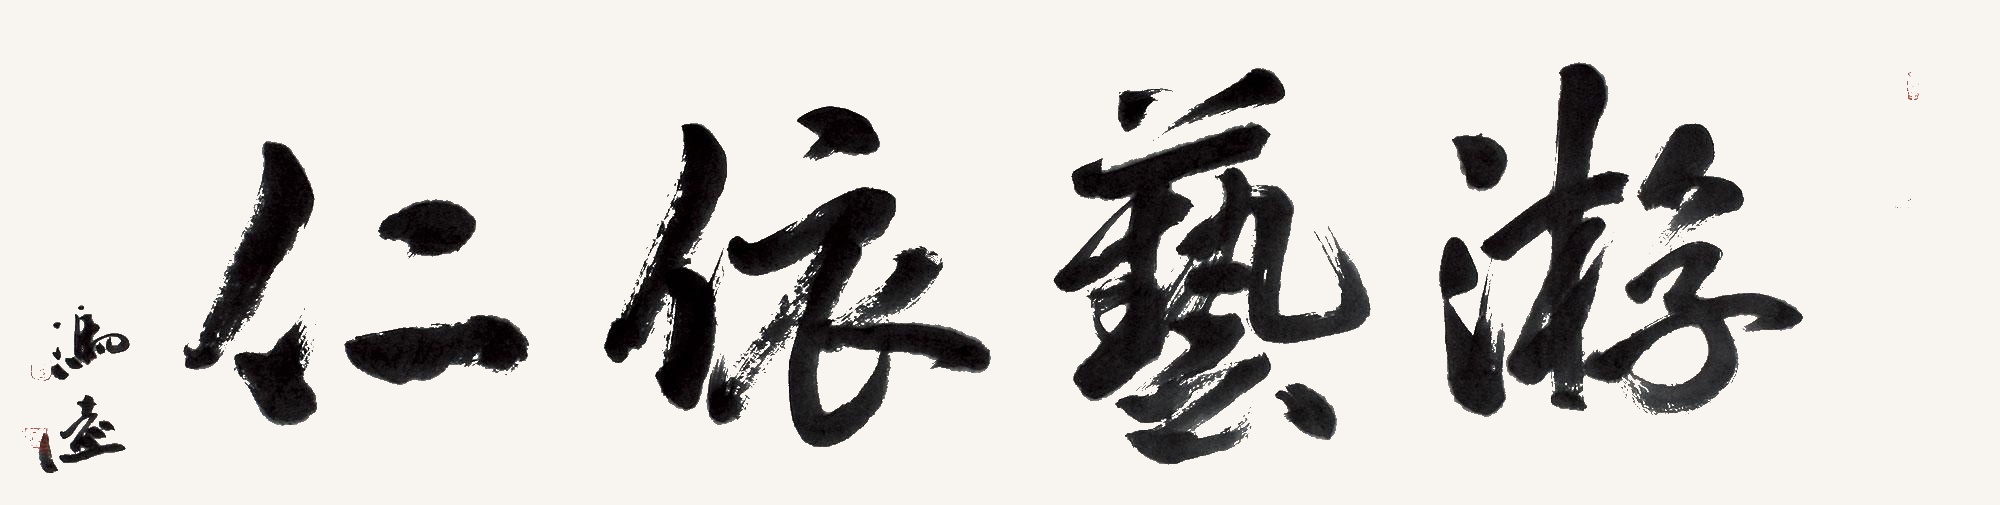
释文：游艺依仁冯远。